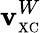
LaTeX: \mathbf{v}_{\scriptscriptstyle\mathrm{{XC}}}^{W}